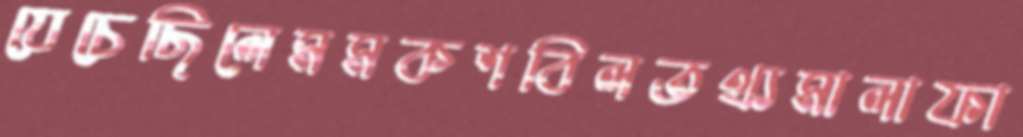
যেচেছিলেমমকশবিলতথ্যমালাফা